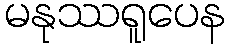
မနုဿရူပေန